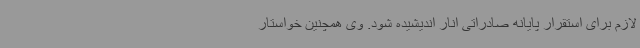
لازم برای استقرار پایانه صادراتی انار اندیشیده شود. وی همچنین خواستار